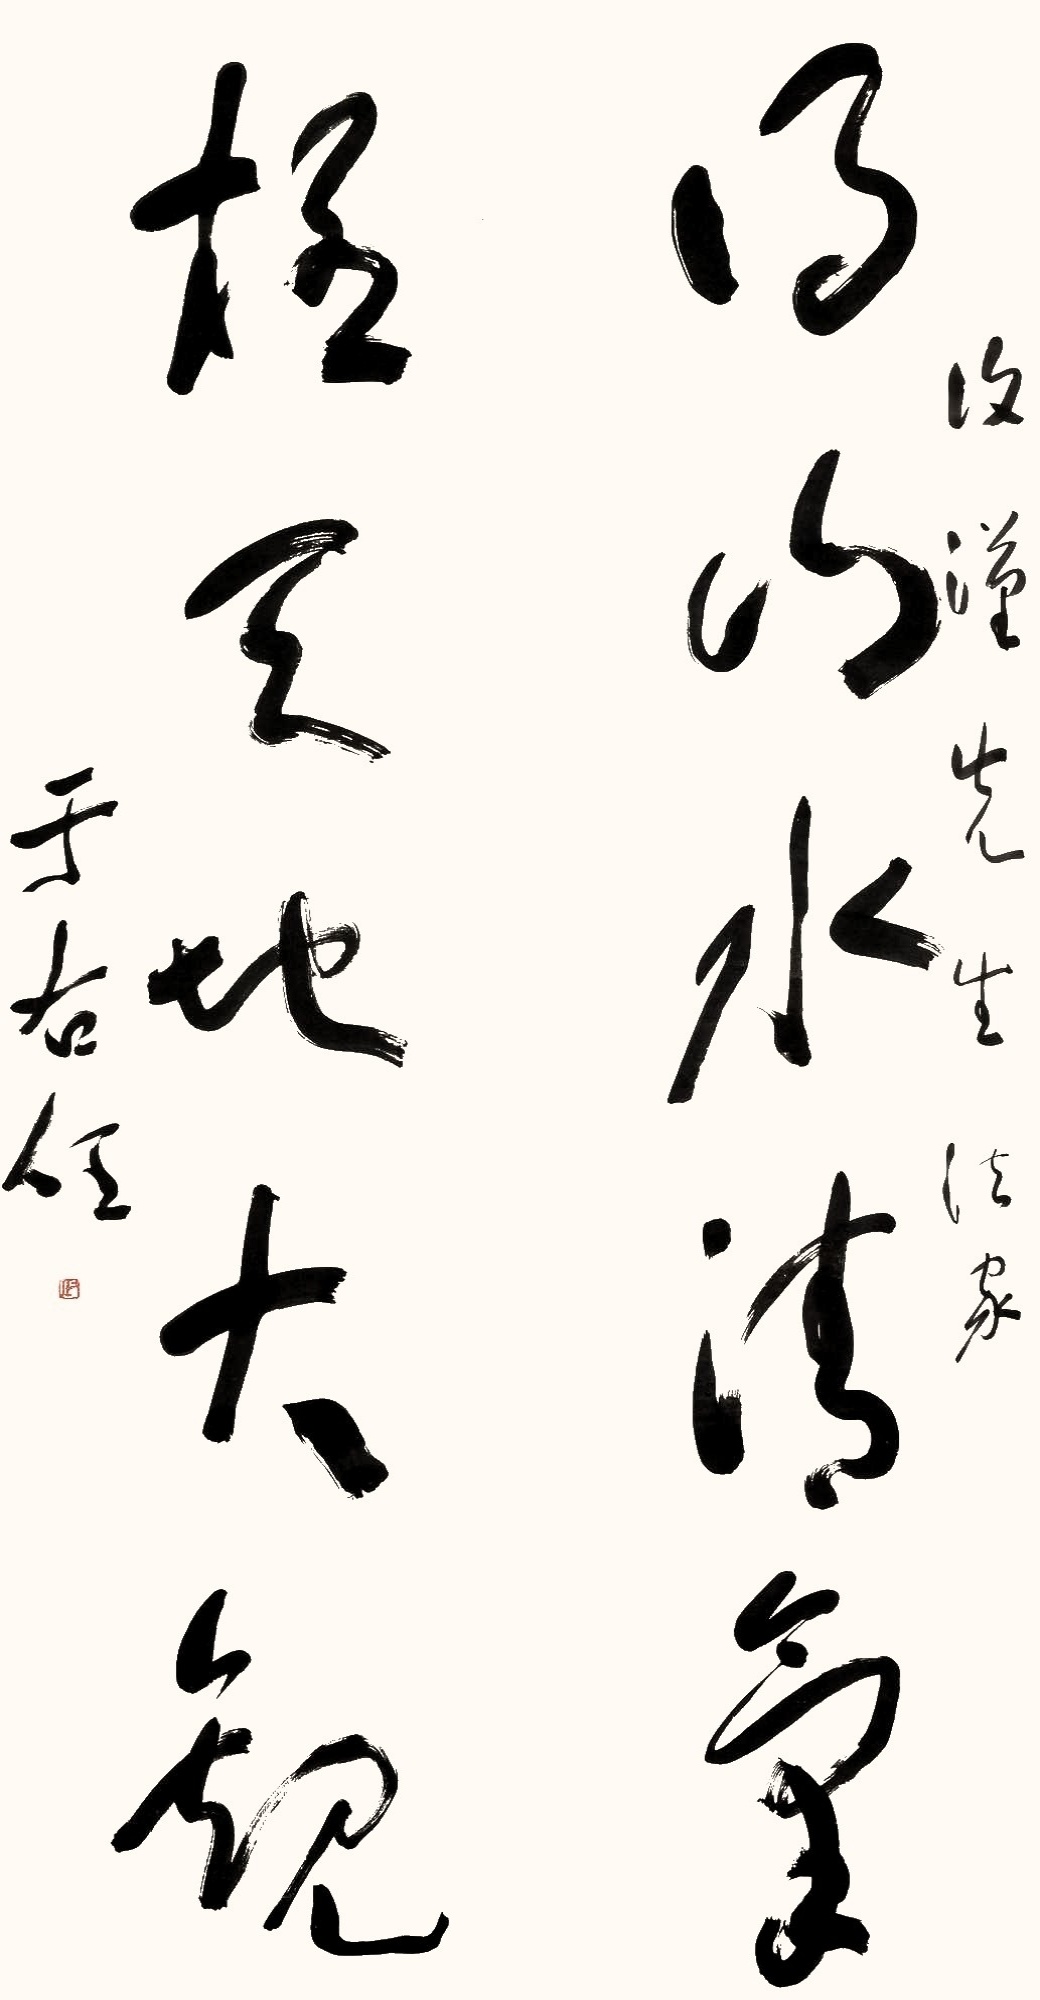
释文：得山水清气，极天地大观。复谨先生法家。于右任。